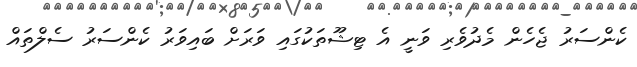
ކެންސަރު ޖެހެން މެދުވެރި ވަނީ އެ ޓިޝޫތަކުގައި ވަރަށް ބައިވަރު ކެންސަރު ސެލްތައް